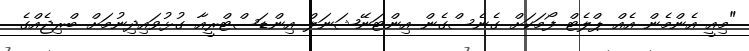
"މިއީ އެންމެން އެއް ޕްލެޓް ފޯމަކަށް ގެނެސްގެން އިންޓަނޭޝަނަލް އިންޑަސްޓްރީއާ ގުޅުވައިދިނުމަށް ބްރިޖެއްގެ